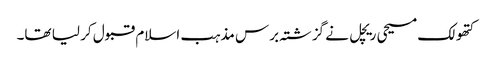
کتھولک مسیحی ریچل نے گزشتہ برس مذہب اسلام قبول کر لیا تھا۔